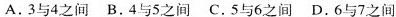
A.3与4之间 B.4与5之间 C.5与6之间 D.6与7之间